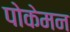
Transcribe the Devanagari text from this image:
पोकेमन